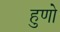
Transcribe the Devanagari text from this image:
हुणो